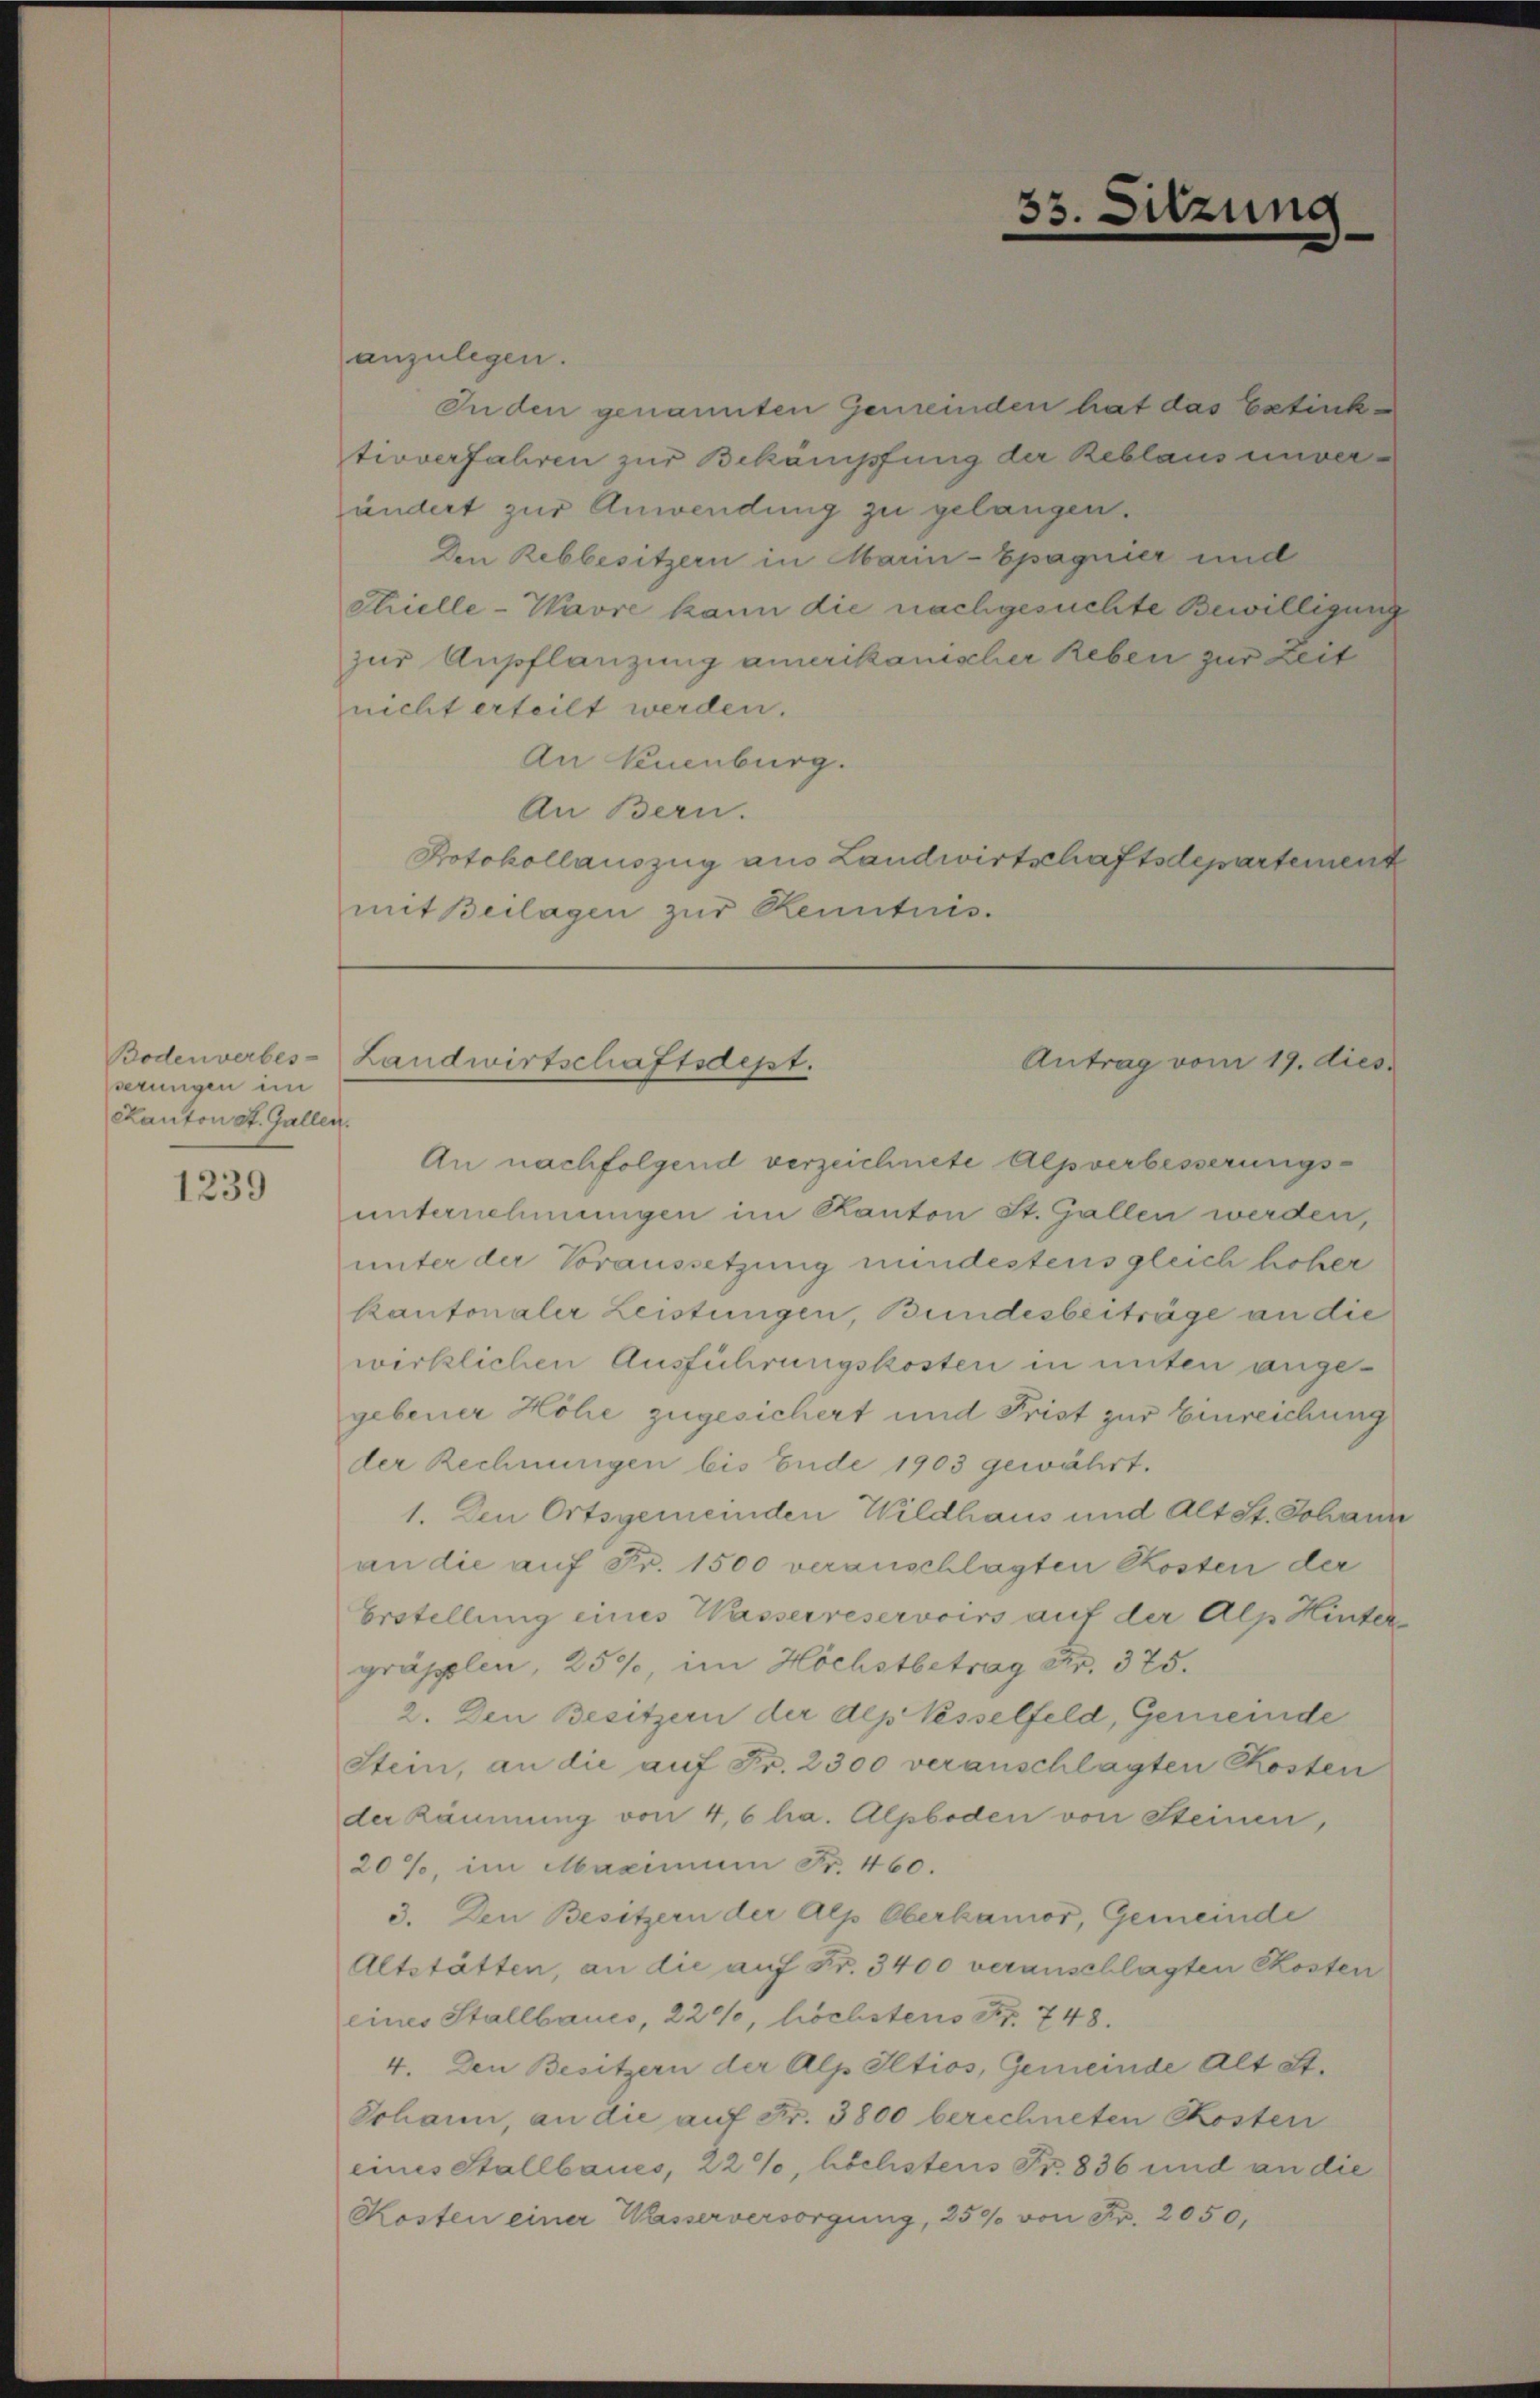
Bodenverbes-
serungen im
Kanton St. Gallen.

1239

anzulegen.
In den genannten Gemeinden hat das Estinktivverfahren zur Bekämpfung der Reblaus unverändert zur Anwendung zu gelangen.
Den Rebbesitzern in Marn-Epagnier und
Strielle-Wavre kann die nachgesuchte Bewilligung
zur Anpflanzung amerikanischer Reben zur Zeit
nicht erteilt werden.
An Neuenburg.
An Bern.
Protokollauszug aus Landwirtschaftsdepartement
mit Beilagen zur Renntnis-

33. Sitzung

Landwirtschaftsdept.
Antrag vom 19. dies

An nachfolgend verzeichnete Alpverbesserungsunternehmungen im Kanton St. Gallen werden,
unter der Voraussetzung mindestens gleich hoher
kantonaler Leistungen, Bundesbeiträge an die
wirklichen Ausführungskosten in unter angegebener Höhe zugesichert und Frist zur Einreichung
der Rechnungen bis Ende 1903 gewährt.
1. Den Ortsgemeinden Wildhaus und Alt St. Johann
an die auf Fr. 1500 veranschlagten Kosten der
Erstellung eines Wasserreservoirs auf der Alp Hinter
gräpplen, 25%, im Höchstbetrag Fr. 375.
2. Den Besitzern der depresselfeld, Gemeinde
Stein, an die aŭf Fr. 2300 veranschlagten Kosten
der Käunung von 4,6 ha. Alpboden von Steinen,
20%, im Maximum Fr. 460.
3. Den Besitzern der Alp Oberkamor, Gemeinde
Altstätten, an die auf Fr. 3400 veranschlagten Skosten
eines Stallbaues, 220, höchstens Fr. 748.
4. Den Besitzern der Alp Iltios, Gemeinde Alt St.
Johann, an die auf Fr. 3800 berechneten Kosten
eines Stallbaues, 22%, höchstens Fr. 836 und an die
Kosten einer Wasserversorgung, 250 von Fr. 2050,